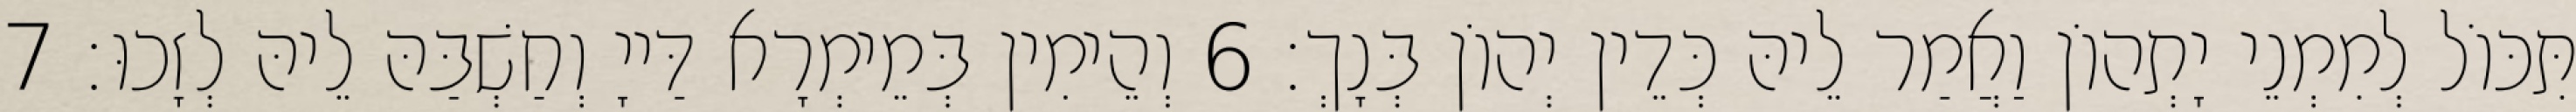
תִּכּוֹל לְמִמְנֵי יָתְהוֹן וַאֲמַר לֵיהּ כְּדֵין יְהוֹן בְּנָךְ׃ 6 וְהֵימִין בְּמֵימְרָא דַּייָ וְחַשְׁבַּהּ לֵיהּ לְזָכוּ׃ 7